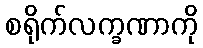
စရိုက်လက္ခဏာကို